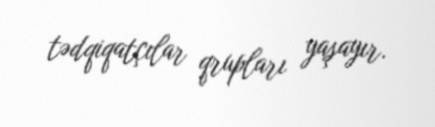
tədqiqatçılar qrupları yaşayır.